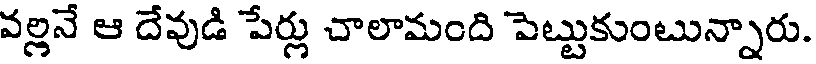
వల్లనే ఆ దేవుడి పేర్లు చాలామంది పెట్టుకుంటున్నారు.